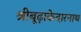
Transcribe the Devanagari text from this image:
श्रीबूढ़ाकेदारनाथ